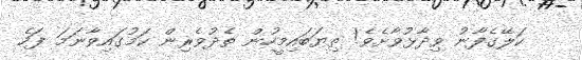
ކަލޭގެފާނު ވިދާޅުވާށެވެ! ތިޔަބައިމީހުން ތެދުވެރިން ކަމުގައިވާނަމަ ފަހެ